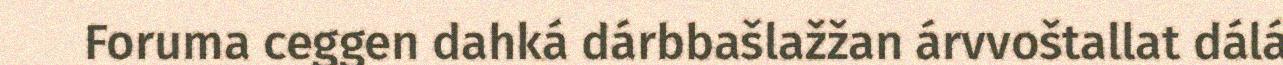
Foruma ceggen dahká dárbbašlažžan árvvoštallat dálá